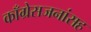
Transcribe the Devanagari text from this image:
काँग्रेसजनांसह